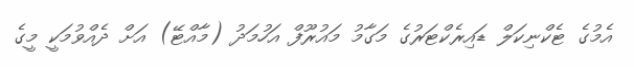
އެމުގެ ޓެކްނިކަލް ޑައިރެކްޓަރުގެ މަގާމު މައުރޫފް އަހުމަދު (މާއްޓޭ) އަށް ދެއްވުމަކީ މީގެ